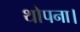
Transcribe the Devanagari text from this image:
थोपना।